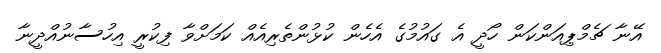
އޭނާ ޗެމްޕިއަންކަން ހޯދީ އެ ގައުމުގެ އެހެން ކުޅުންތެރިއެއް ކަމަށްވާ ފިކުރީ އިހުސާނުއްދީނާ